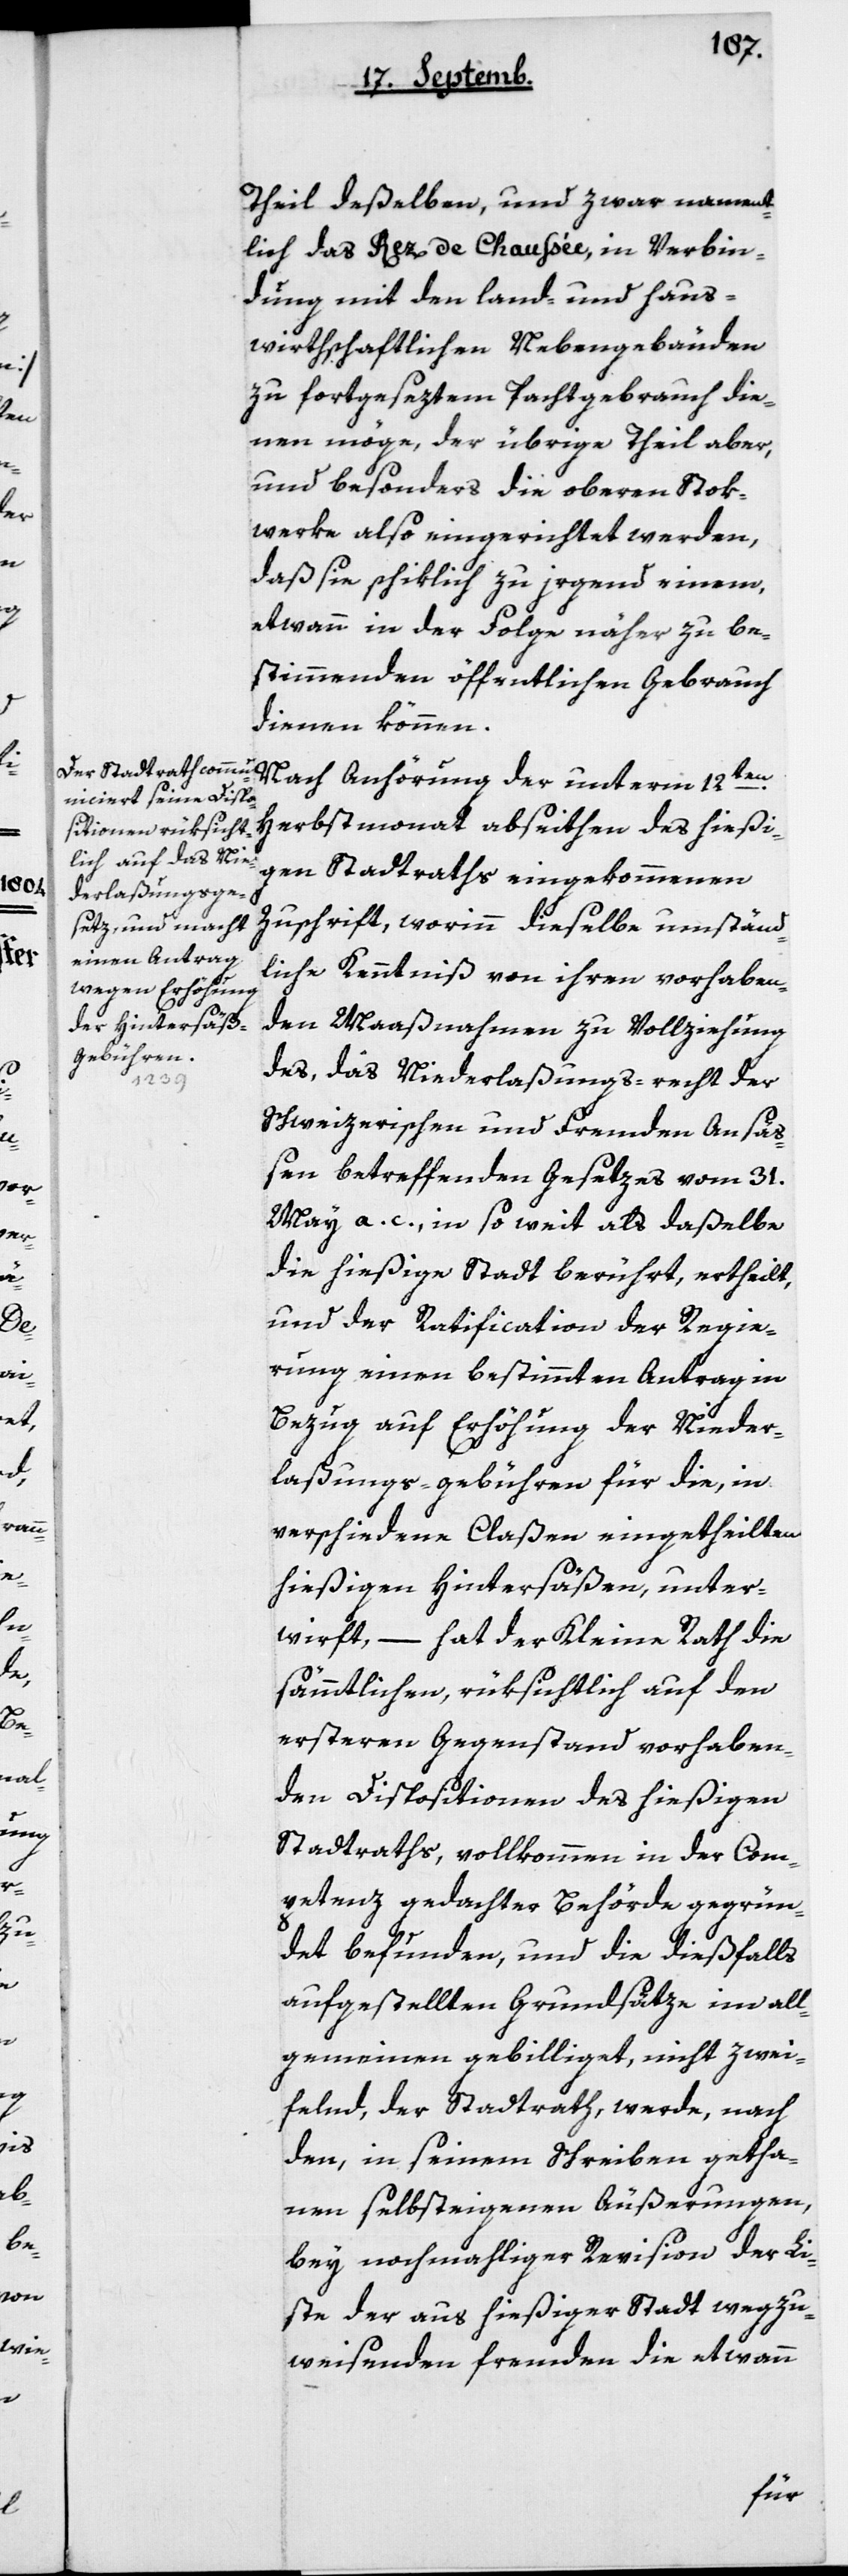
Theil deßelben, und zwar nament¬
lich das Rez de Chaussée in Verbin¬
dung mit den land- und haus¬
wirthschaftlichen Nebengebäuden
zu fortgeseztem Pachtgebrauch die¬
nen möge, der übrige Theil aber,
und besonders die oberen Stok¬
werke also eingerichtet werden,
daß sie schiklich zu irgend einem,
etwann in der Folge näher zu be¬
stimmenden öffentlichen Gebrauch
dienen können.
Nach Anhörung der unterm 12ten
Herbsmonat abseiten des hießi¬
gen Stadtraths eingekommenen
Zuschrift, worinn dieselbe umständ¬
liche Kenntniß von ihren vorhaben¬
den Maßnahmen zu Vollziehung
des, das Niederlaßungs-recht der
schweizerischen und fremden Ansä¬
ßen betreffenden Gesetzes vom 31ten
May a. c. in so weit als daselbe
die hießige Stadt berührt, ertheilt,
und der Ratification der Regie¬
rung einen bestimmten Antrag in
Bezug auf Erhöhung der Nieder¬
laßungs-gebühren für die, in
verschiedene Claßen eingetheilten
hießigen Hintersäßen, unter¬
wirft, – hat der Kleine Rath die
sämmtlichen, rüksichtlich auf den
ersteren Gegenstand vorhaben¬
den Dispositionen des hießigen
Stadtraths, vollkommen in der Com¬
petenz gedachter Behörde gegrün¬
det befunden, und die dießfalls
aufgestellten Grundsäze im All¬
gemeinen gebilliget, nicht zwei¬
felnd, der Stadtrath werde, nach
den, in seinem Schreiben getha¬
nen selbsteigenen Äußerungen,
bey nochmahliger Revision der Li¬
ste der aus hießiger Stadt wegzu¬
weisenden Fremden, die etwann